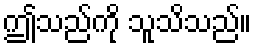
ဤသည်ကို သူသိသည်။